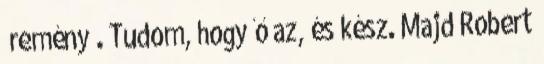
„remény”. Tudom, hogy ő az, és kész. Majd Robert